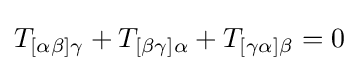
T_{[\alpha \beta ]\gamma }+T_{[\beta \gamma ]\alpha }+T_{[\gamma \alpha ]\beta }=0